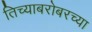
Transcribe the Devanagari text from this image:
तिच्याबरोबरच्या